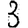
Digit: 3